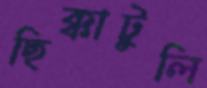
ছিক্কাটুলি